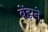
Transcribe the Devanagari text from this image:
बेंझने